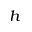
^ h